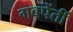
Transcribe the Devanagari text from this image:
गबपेंतीं